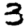
Digit: 3